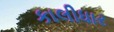
કાલીધાર